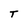
Character: T